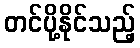
တင်ပို့နိုင်သည့်